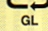
GL